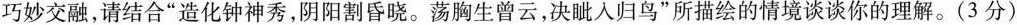
巧妙交融，请结合”造化钟神秀，阴阳割昏晓。荡胸生曾云，决眦入归鸟”所描绘的情境谈谈你的理解。(3分)